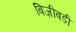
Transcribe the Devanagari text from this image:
बिज़ीबडी